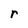
Character: r